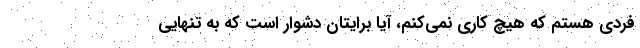
فردی هستم که هیچ کاری نمی‌کنم، آیا برایتان دشوار است که به تنهایی